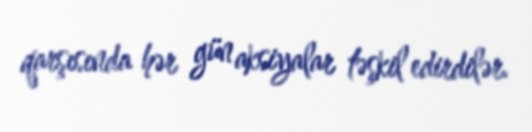
qarşısında hər gün aksiyalar təşkil edirdilər.